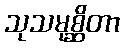
သုသမုစ္ဆိတာ